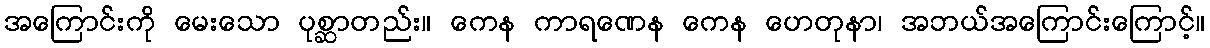
အကြောင်းကို မေးသော ပုစ္ဆာတည်း။ ကေန ကာရဏေန ကေန ဟေတုနာ၊ အဘယ်အကြောင်းကြောင့်။